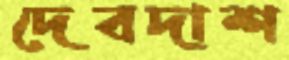
দেবদাশ